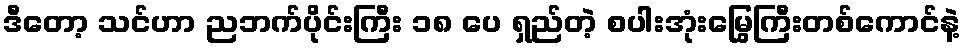
ဒီတော့ သင်ဟာ ညဘက်ပိုင်းကြီး ၁၈ ပေ ရှည်တဲ့ စပါးအုံးမြွေကြီးတစ်ကောင်နဲ့